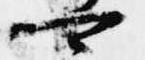
可